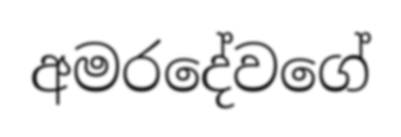
අමරදේවගේ